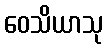
ဝေသိယာသု